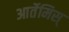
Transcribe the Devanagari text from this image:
आर्तेमिस्